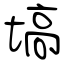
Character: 塙